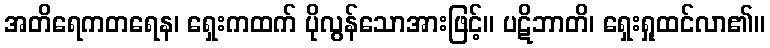
အတိရေကတရေန၊ ရှေးကထက် ပိုလွန်သောအားဖြင့်။ ပဋိဘာတိ၊ ရှေးရှုထင်လာ၏။